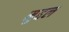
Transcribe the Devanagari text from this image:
मुद्दल